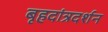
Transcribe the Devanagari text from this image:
बृहदांत्रदर्शन